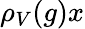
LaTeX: \rho_{V}(g)x